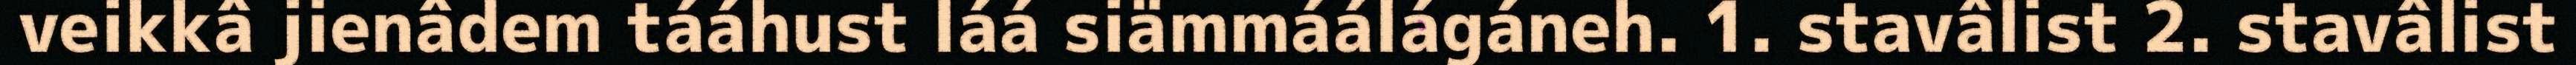
veikkâ jienâdem tááhust láá siämmáálágáneh. 1. stavâlist 2. stavâlist